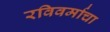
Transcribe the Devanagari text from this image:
रविवर्माचा